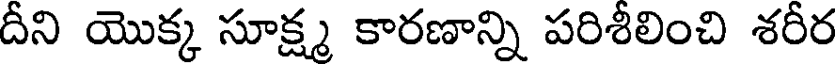
దీని యొక్క సూక్ష్మ కారణాన్ని పరిశీలించి శరీర